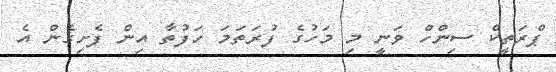
ޕްރަތީކް ސިންހް ވަނީ މި މަހުގެ ފުރަތަމަ ހަފުތާ އިން ފެށިގެން އެ